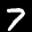
Label: 7